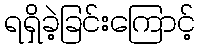
ရရှိခဲ့ခြင်းကြောင့်